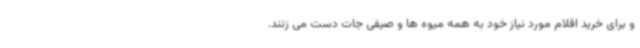
و برای خرید اقلام مورد نیاز خود به همه میوه ها و صیفی جات دست می زنند.